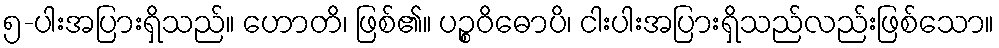
၅-ပါးအပြားရှိသည်။ ဟောတိ၊ ဖြစ်၏။ ပဉ္စဝိဓောပိ၊ ငါးပါးအပြားရှိသည်လည်းဖြစ်သော။